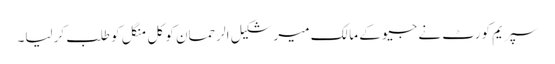
سپریم کورٹ نے جیو کے مالک میر شکیل الرحمان کو کل منگل کو طلب کرلیا۔